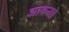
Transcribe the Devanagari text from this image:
झावर्‍या